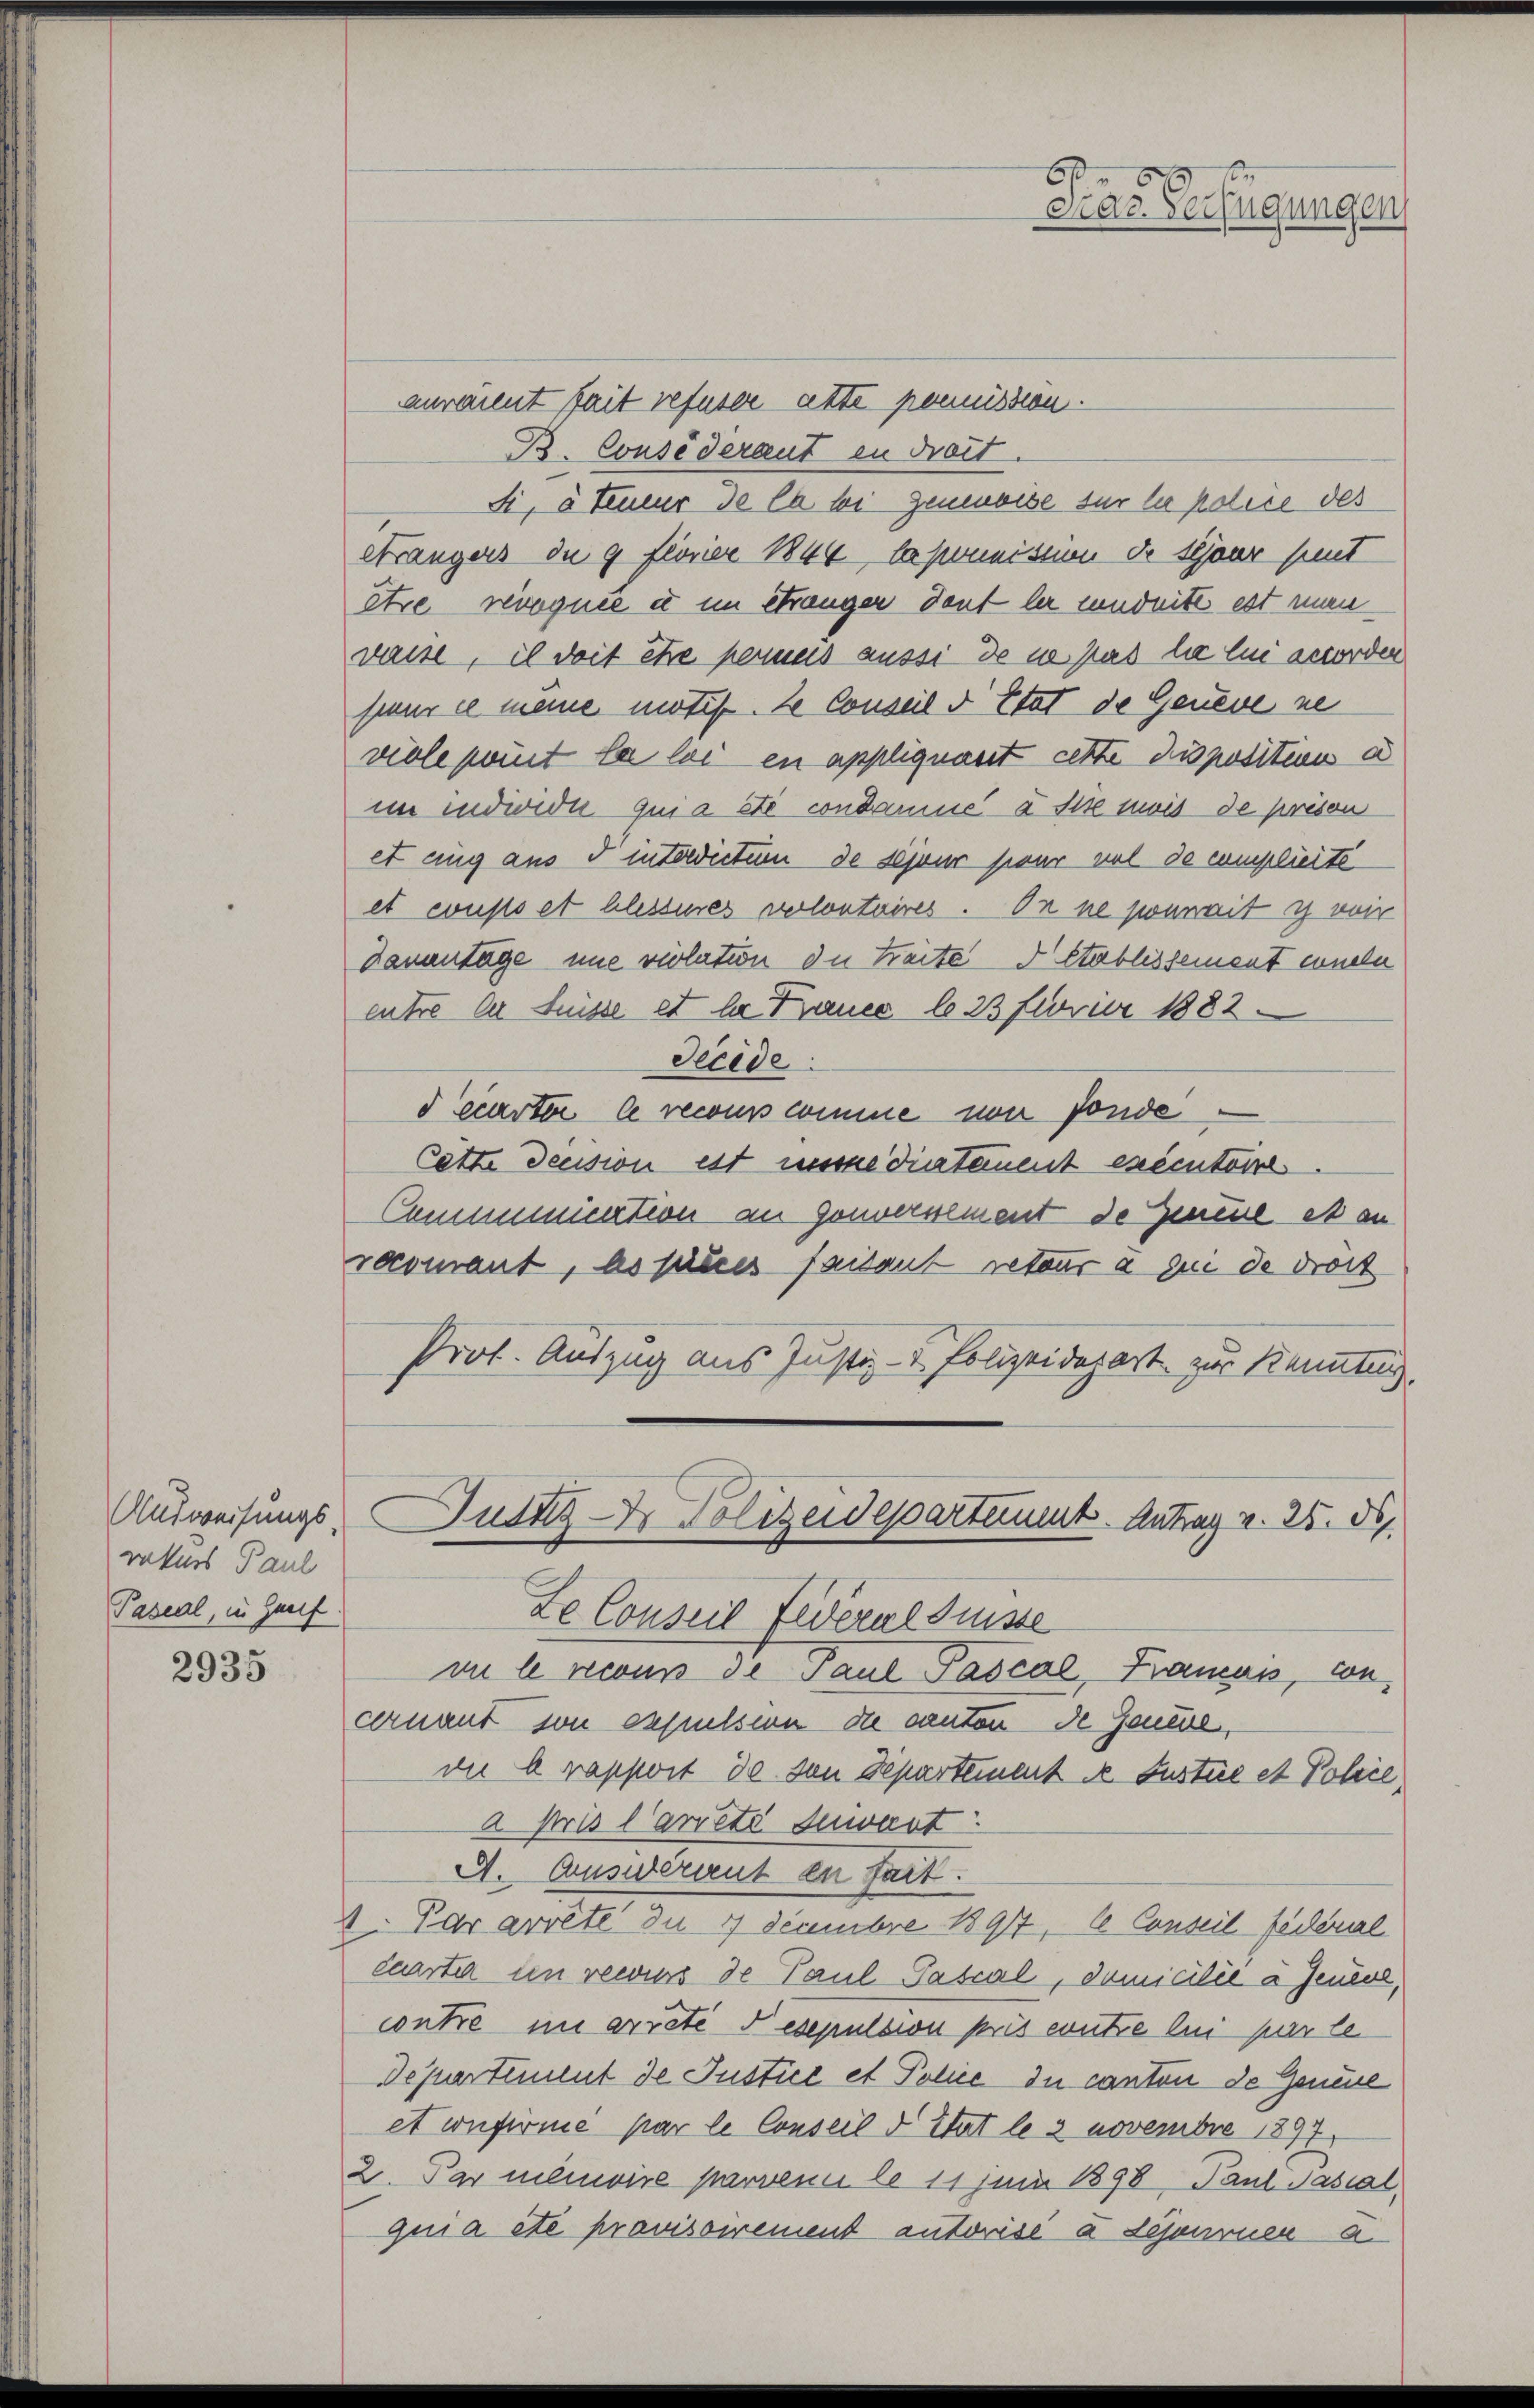
Ausweisungs-
rekurs Paul
Paseal, in Greif.

2935

auraient fait refuser atte pomission.
B. Consederaut in droit.
Si, à teneur de la bei geweise für sie police des
rängers de 9 fionier 1844, bekommission de schöne sunt
être révoquée u im Stranger deut her sindete est man
daise, il doit être permes aussi de ne pas la sie worden
feur ce meine motif. 2 Conseil d Etat de Geneve ne
viole peut la loi en appliquant cette disposition d
im individu qui a été condamne à dise mais de prison
et eing aus 5 intrictum de sejeur sieur vel de complierte
et eusset blesseres verlontaires. On ne serait ich wir
Davantage une violation die Seite d Etablissement einder
entre der Füsse et le France lo 23 Ferier 1882
Secide
d écarter le recours comme von fonde
Cette decision est messe diatament exécutoire.
Commmuation an Gouversement de Zeume et an
rocomant, assines faisant reteur à sui de droit
Prot. Auszug aus Justiz- & Polizeidepart zur Kennten
C
Gutng Dr. Polizeidepartement Antrag v. 25. d.
Le Conseil Federal Suisse
on le recours de Paul Pascal, Krames, wecernant von expulsion die canton de Genere,
vn b rapport de von Departement u. Justic et Polie
a pris l’arrete zuwart
A. Auswerdent en fait.
2. Par arrête In 4 Decembre 1891, le Conseil federal
caarter im recurs de Paul Passal, domicilie à Jeuve,
contre nie arrete Fesepulsion pris entze ein par le
Departement de Justice et Polie du canton de Geneie
et wieferie par le Conseil d Etat le 3 novembre 1897
2. Par memoire parvenu le 11 Juni 1898, Paul Pasial
quia etc provisoirement autorisé à disaurner a.

6
Mar. Verfügungen